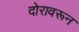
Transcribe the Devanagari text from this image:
दोरावरून